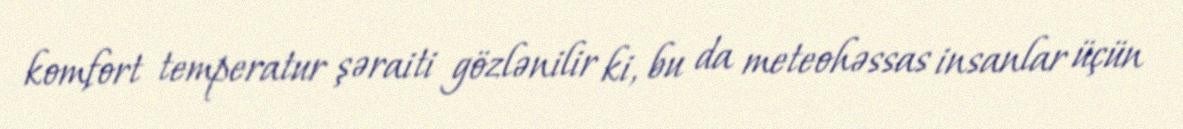
komfort temperatur şəraiti gözlənilir ki, bu da meteohəssas insanlar üçün